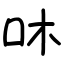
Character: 㕲